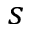
s